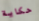
حكاية